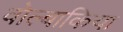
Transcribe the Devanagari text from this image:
वोल्बाकिया